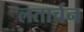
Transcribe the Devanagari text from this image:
लतार्चन